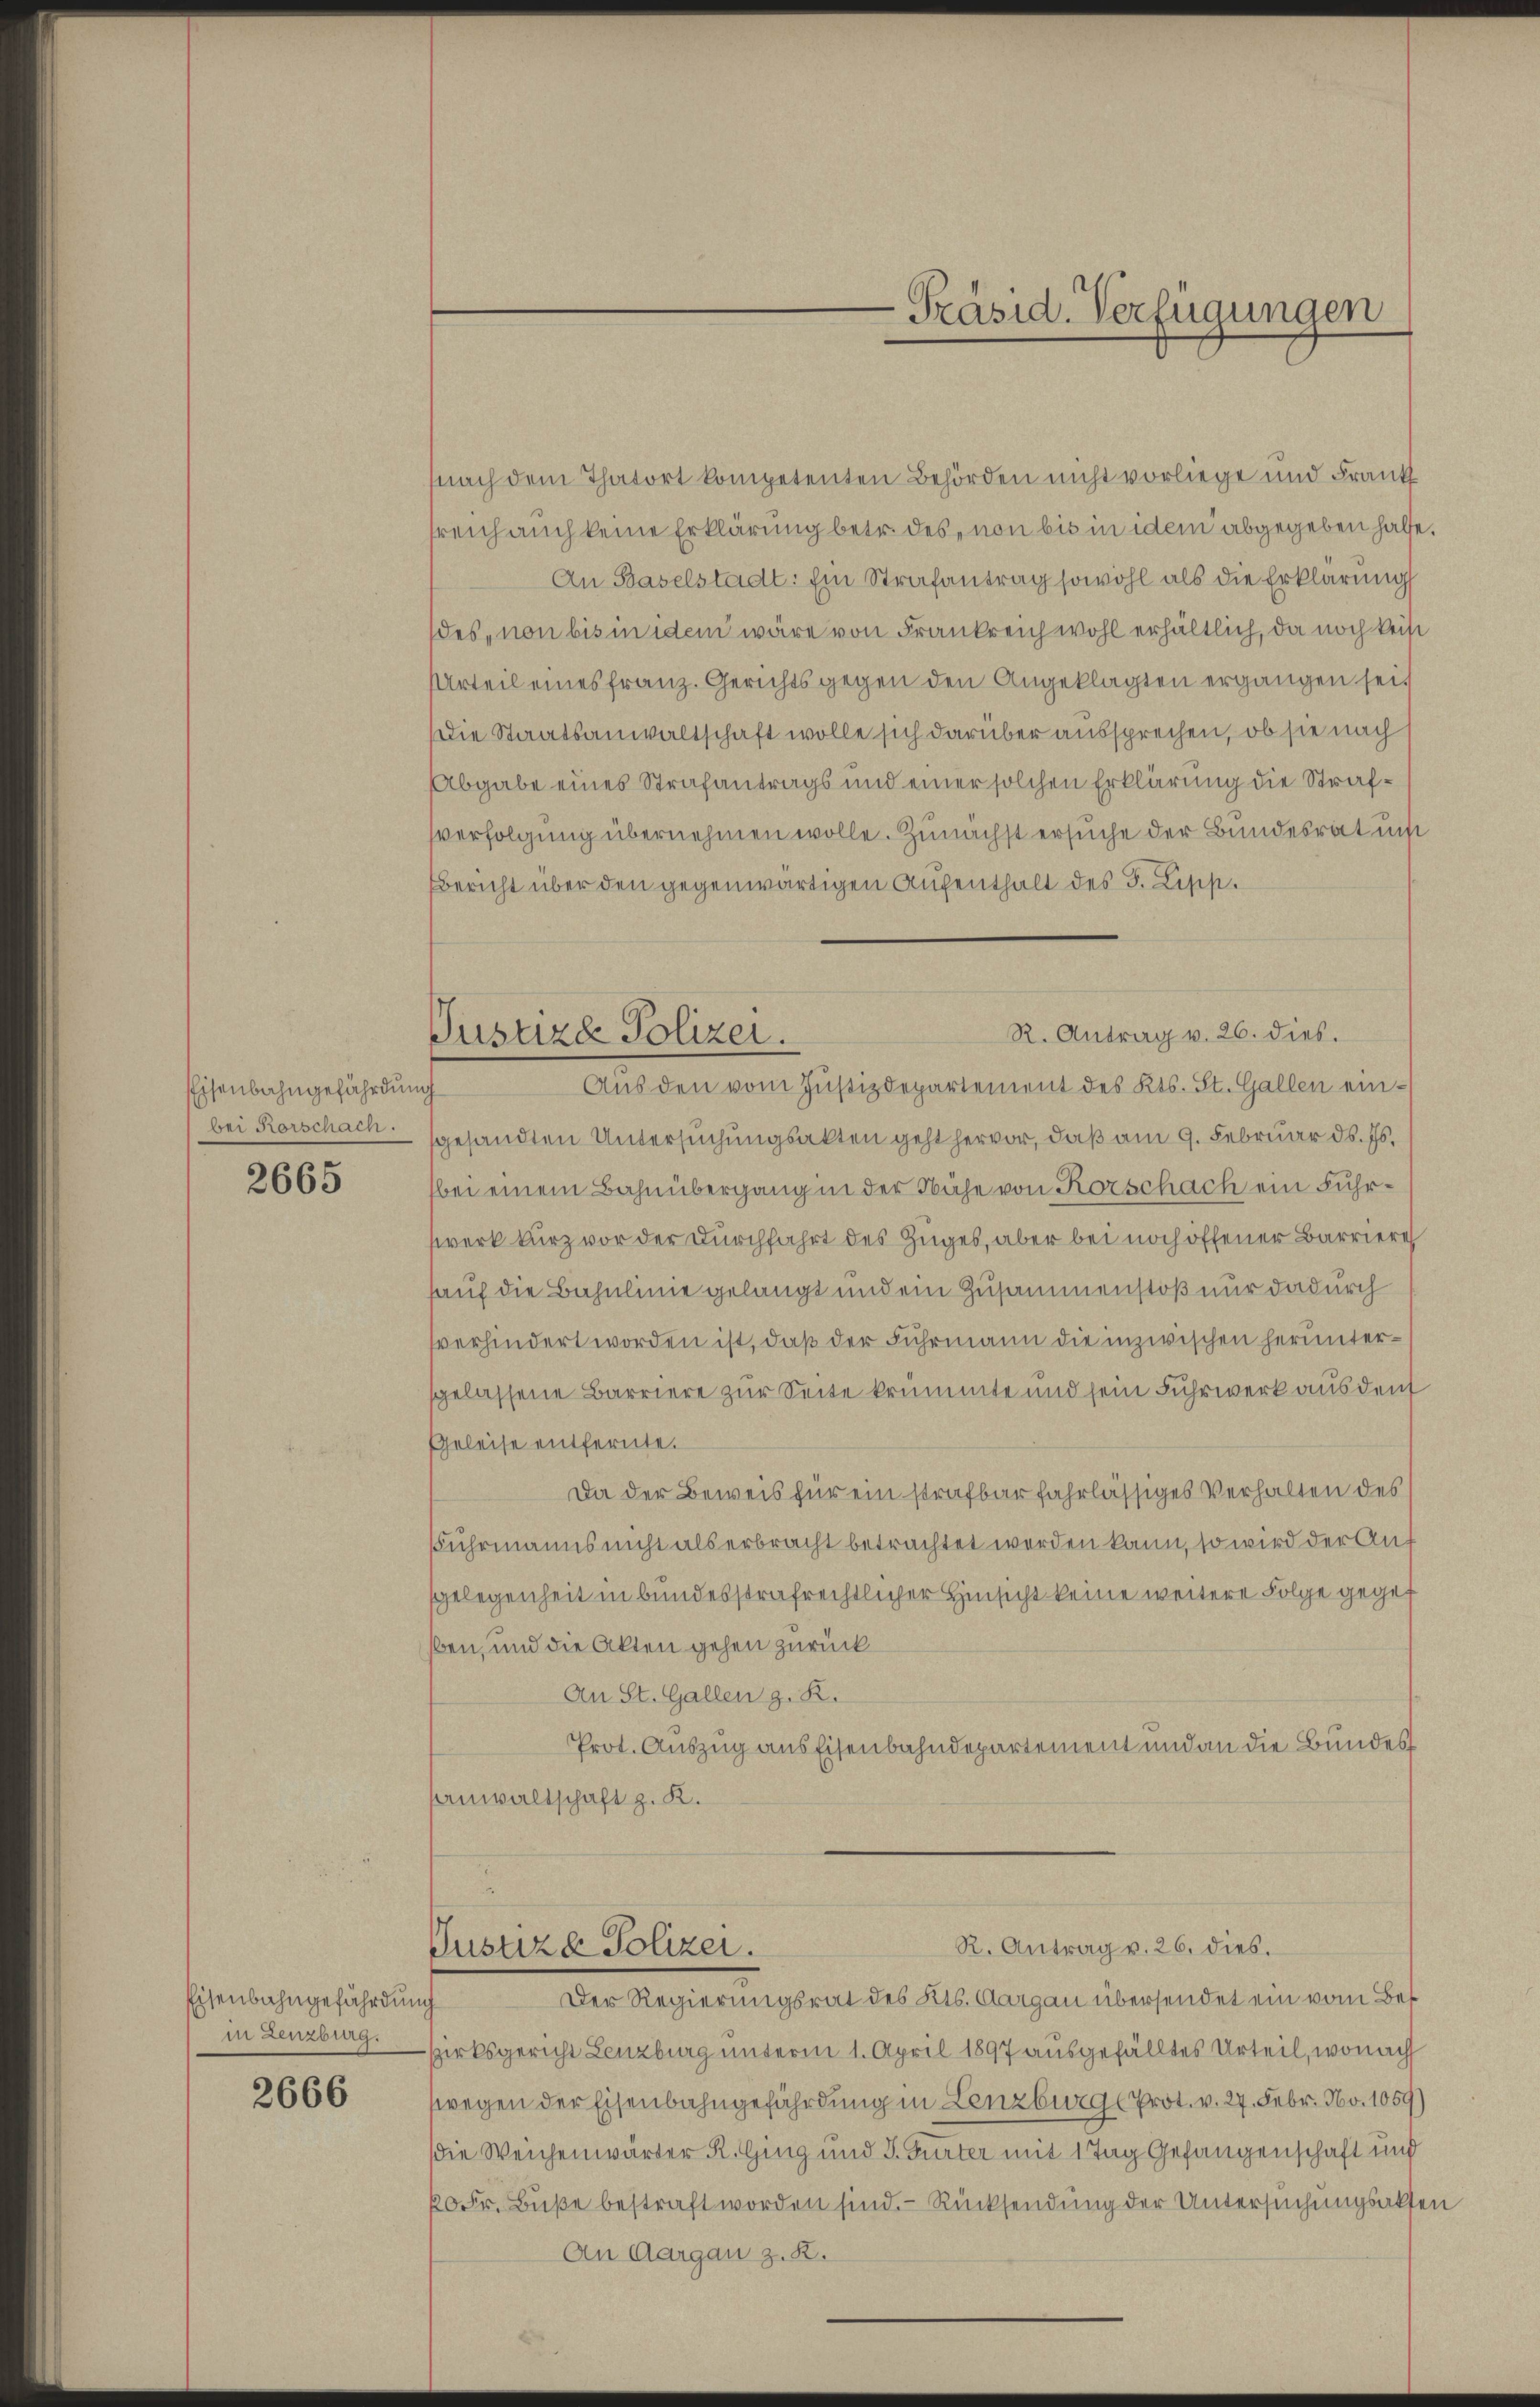
Eisenbahngefährdun
bei Rorschach.

2665

Eisenbahngefährdung
in Lenzburg.

2666

Justiza Polizei.

nach dem Thatort kompetenten Behörden nicht vorliege und Frank
sreich auch keine Erklärung betr. des, non bis in dem abgegeben hatte.
An Baselstadt: Ein Strafantrag sowohl als die Erklärung
des non bis in dem wäre von Frankreich wohl erhältlich, da noch keise
Urteil eines franz. Gerichts gegen den Angeklagten ergangen sei
Die Staatsanwaltschaft wolle sich darüber aussprechen, ob sie nach
Abgabe eines Strafantrags und einer solchen Erklärung die Strafsverfolgung übernehmen wolle. Zunächst ersuche der Bundesrat un
Bericht über den gegenwärtigen Aufenthalt des I. Zipp.
R. Antrag v. 26. dies.
Aus den vom Justizdepartement des Kts. St. Gallen einich
sgesandten Untersuchungsakten geht hervor, daß am 9. Februar d. Js.
bei einem Bahnübergang in der Nähe von Rorschach ein Fuhrwerk kurz vor der Durchfahrt des Zuges, aber bei noch offener Barriere
hauf die Bahnlinie gelangt und ein Zusammenstoß nur dadurch
sverhindert worden ist, daß der Fuhrmann die inzwischen heruntersgelassene Barriere zur Seite krummte und sein Fuhrwerk aus deut
Geleise entfernte.
Da der Beweis für ein strafbar fahrlässiges Verhalten des
Fuhrmanns nicht als erbracht betrachtet werden kann, so wird der Auf
Gelegenheit in bundesstrafrechtlicher Hinsicht keine weitere Folge gegeb
ben, und die Akten gehen zurück
An St. Gallen z. R.
Prot. Auszug aus Eisenbahndepartement und an die Bundes
sanwaltschaft z. K.
R. Antrag v. 26. dies.
Justiza Polizei.
Der Regierungsrat des Kts. Aargau übersendet ein vom Be¬
Zzirksgericht Lenzburg unterm 1. April 1897 ausgefälltes Urteil, wonach
wegen der Eisenbahngefährdung in Lenzburg Prot. v. 27. Febr. No. 1059
die Weichenwärter R. Ging und J. Gurter mit 1 Tag Gefangenschaft und
20 Fr. Buße bestraft worden sind. - Rücksendung der Untersuchungsakten
An Aargau z. B.

-Präsid. Verfügungen